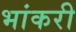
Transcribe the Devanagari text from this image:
भांकरी